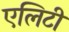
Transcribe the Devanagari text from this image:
एलिटी